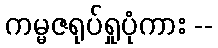
ကမ္မဇရုပ်ရှုပုံကား --